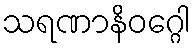
သရဏာနိဝဂ္ဂေါ